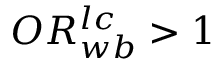
O R _ { w b } ^ { l c } > 1